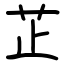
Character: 芷